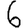
Digit: 6